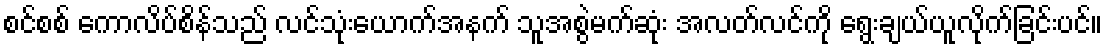
စင်စစ် ကောလိပ်စိန်သည် လင်သုံးယောက်အနက် သူအစွဲမက်ဆုံး အလတ်လင်ကို ရွေးချယ်ယူလိုက်ခြင်းပင်။